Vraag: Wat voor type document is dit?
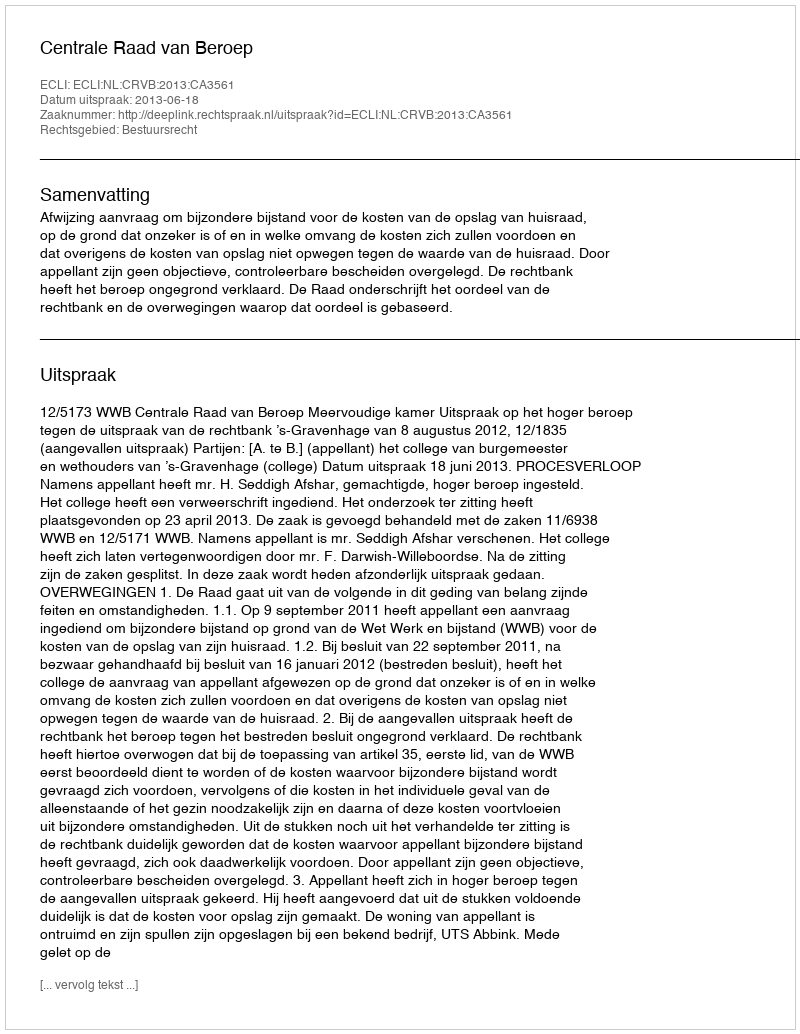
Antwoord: Uitspraak